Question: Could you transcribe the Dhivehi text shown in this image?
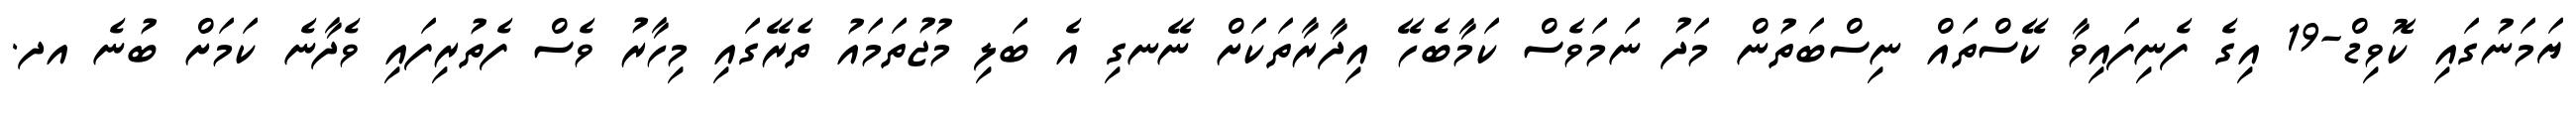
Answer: ޔަމަނުގައި ކޮވިޑް-19 އިގެ ފެނިފައިވާ ކޭސްތައް ނިސްބަތުން މަދު ނަމަވެސް ކަމާބެހޭ އިދާރާތަކަށް ނޭނގި އެ ބަލި މުޖުތަމައު ތެރޭގައި މިހާރު ވެސް ފެތުރިފައި ވެދާނެ ކަމަށް ބުނެ އދ.